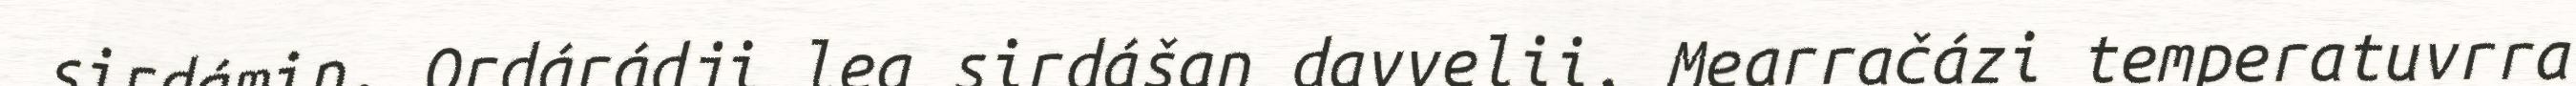
sirdámin. Ordárádji lea sirdášan davvelii. Mearračázi temperatuvrra